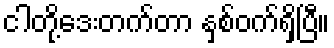
ငါတို့ဒေးတက်တာ နှစ်ဝက်ရှိပြီ။